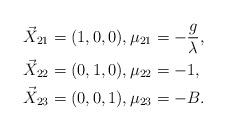
LaTeX: \begin{align*} \vec{X}_{21} &= (1,0,0), \mu_{21}=- \frac{g}{ \lambda},\\ \vec{X}_{22} &= (0,1,0), \mu_{22}=-1,\\ \vec{X}_{23} &= (0,0,1), \mu_{23}=-B.\end{align*}